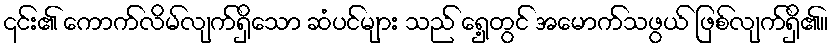
၎င်း၏ ကောက်လိမ်လျက်ရှိသော ဆံပင်များ သည် ရှေ့တွင် အမောက်သဖွယ် ဖြစ်လျက်ရှိ၏။